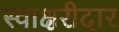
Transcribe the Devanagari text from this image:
स्वाक्षरीदार